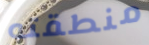
منطقته